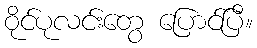
ဝိုင်ပုလင်းတွေ ပြောင်ပြီ။